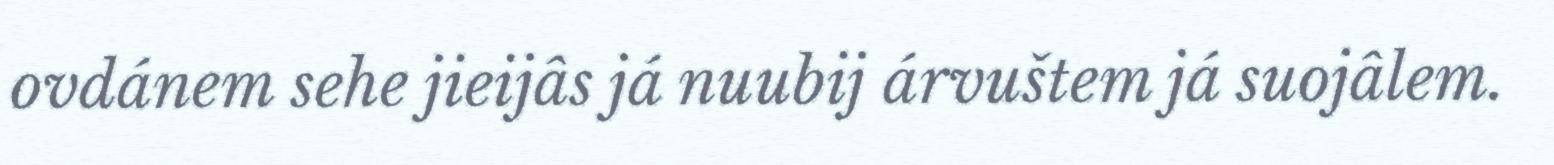
ovdánem sehe jieijâs já nuubij árvuštem já suojâlem.